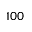
1 0 0